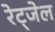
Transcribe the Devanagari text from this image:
रेट्जेल